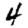
Digit: 4